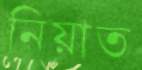
নিয়াত